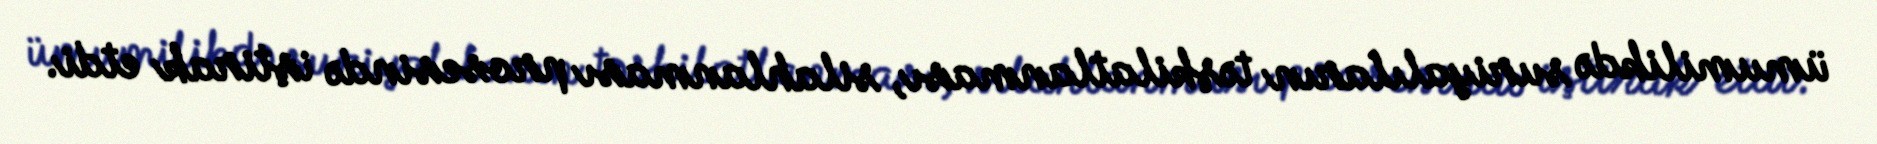
ümumilikdə suriyalıların təşkilatlanması, silahlanması prosesində iştirak etdi.